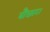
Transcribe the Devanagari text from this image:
बौछार।